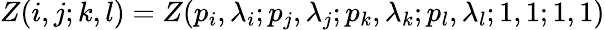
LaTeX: Z(i,j;k,l)=Z(p_{i},\lambda_{i};p_{j},\lambda_{j};p_{k},\lambda_{k};p_{l},\lambda_{l};1,1;1,1)